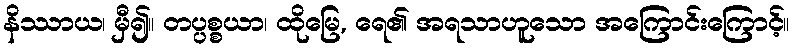
နိဿာယ၊ မှီ၍။ တပ္ပစ္စယာ၊ ထိုမြေ, ရေ၏ အရသာဟူသော အကြောင်းကြောင့်။